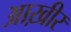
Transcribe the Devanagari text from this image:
आख़ीर